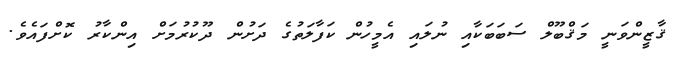
ޤާޒީންވަނީ މަޤްބޫލް ސަބަބަކާއި ނުލައި އެމީހުން ކަފާލަތުގެ ދަށުން ދޫކުރުމަށް އިންކާރު ކޮށްފައެވެ.